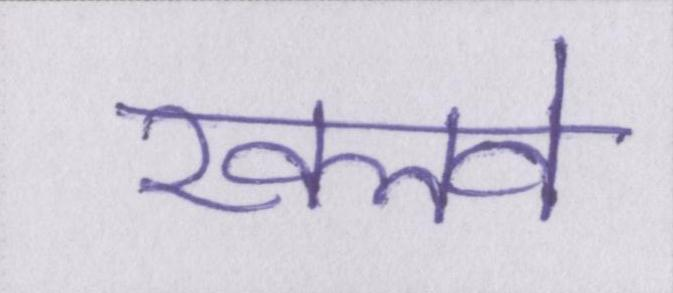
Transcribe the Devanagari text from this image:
खलवे